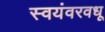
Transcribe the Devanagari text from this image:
स्वयंवरवधू